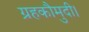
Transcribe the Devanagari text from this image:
ग्रहकौमुदी।